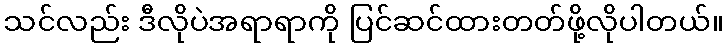
သင်လည်း ဒီလိုပဲအရာရာကို ပြင်ဆင်ထားတတ်ဖို့လိုပါတယ်။